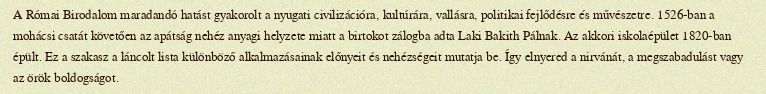
A Római Birodalom maradandó hatást gyakorolt a nyugati civilizációra, kultúrára, vallásra, politikai fejlődésre és művészetre. 1526-ban a mohácsi csatát követően az apátság nehéz anyagi helyzete miatt a birtokot zálogba adta Laki Bakith Pálnak. Az akkori iskolaépület 1820-ban épült. Ez a szakasz a láncolt lista különböző alkalmazásainak előnyeit és nehézségeit mutatja be. Így elnyered a nirvánát, a megszabadulást vagy az örök boldogságot.